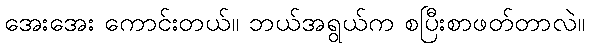
အေးအေး ကောင်းတယ်။ ဘယ်အရွယ်က စပြီးစာဖတ်တာလဲ။